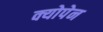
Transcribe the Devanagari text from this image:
क्योपेन